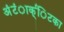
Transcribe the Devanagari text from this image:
अंंटंार्क्िटका